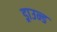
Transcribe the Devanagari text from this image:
ड्राउन्ड